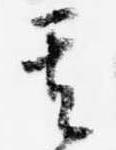
其